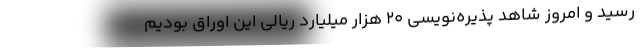
رسید و امروز شاهد پذیره‌نویسی 20 هزار میلیارد ریالی این اوراق بودیم